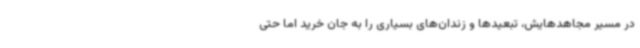
در مسیر مجاهدهایش، تبعیدها و زندان‌های بسیاری را به جان خرید اما حتی